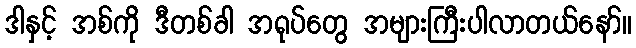
ဒါနှင့် အစ်ကို ဒီတစ်ခါ အရုပ်တွေ အများကြီးပါလာတယ်နော်။